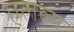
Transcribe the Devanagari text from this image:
एलब्म